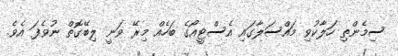
ސިމެންތި ހަލާކުވި މައްސަލާގައި އެސްޓީއޯގެ ބަހެއް މިރޭ ވަނީ ލިބޭގޮތް ނުވެފަ އެވެ.